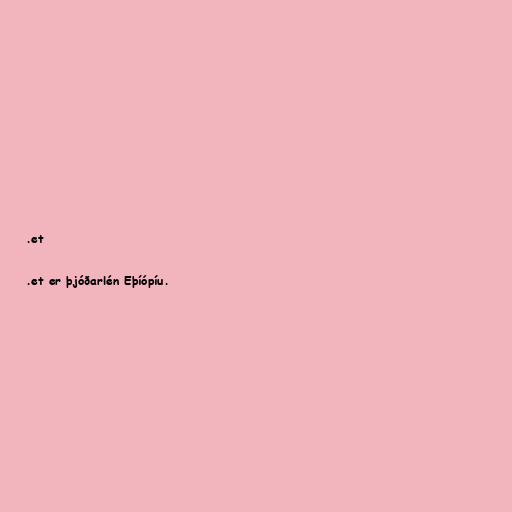
.et

.et er þjóðarlén Eþíópíu.